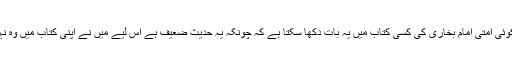
مرزا کا کوئی امتی امام بخاری کی کسی کتاب میں یہ بات دکھا سکتا ہے کہ چونکہ یہ حدیث ضعیف ہے اس لیے میں نے اپنی کتاب میں وہ نہیں لکھی؟